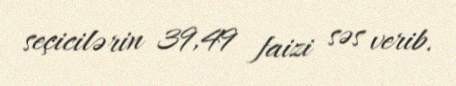
seçicilərin 39,49 faizi səs verib.